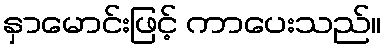
နှာမောင်းဖြင့် ကာပေးသည်။